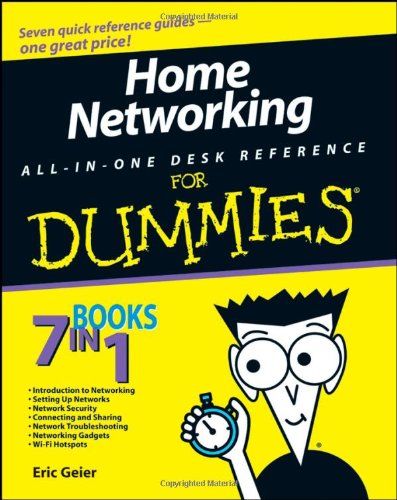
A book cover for Home Networking All-in-One Desk Reference For Dummies; Eric Geier; Computers & Technology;